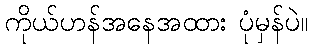
ကိုယ်ဟန်အနေအထား ပုံမှန်ပဲ။